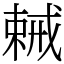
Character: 𢧧